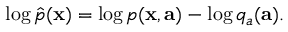
\log \hat { p } ( \mathbf { x } ) = \log p ( \mathbf { x } , \mathbf { a } ) - \log q _ { a } ( \mathbf { a } ) .